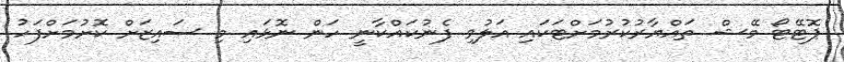
ޕޮޓޭޓޯ މޭޝް ތައްޔާރުކުރުމަށްޓަކައި އަލުވި ފެނުކައްކާނީ ހަން ނޮޅައި މި ސައިޒަށް ކޮށުމަށްފަހު